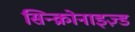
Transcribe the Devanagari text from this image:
सिन्क्रोनाइज़्ड